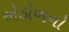
એડોબનો